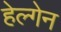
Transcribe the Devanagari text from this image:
हेल्गेन